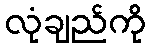
လုံချည်ကို